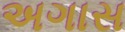
અગાસ